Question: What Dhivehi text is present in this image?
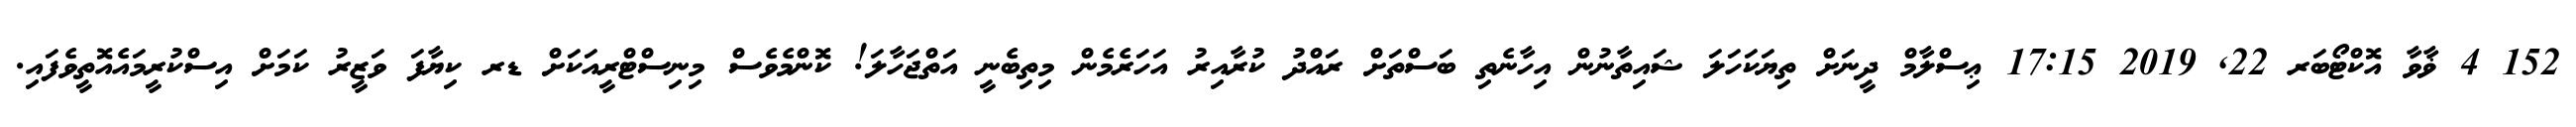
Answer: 152 4 ޥާވާ އޮކްޓޯބަރ 22, 2019 17:15 ޢިސްލާމް ދީނަށް ތިޔަކަހަލަ ޝައިތާނުން އިހާނެތި ބަސްތަށް ރައްދު ކުރާއިރު އަހަރެމެން މިތިބެނީ އަތްޖަހާލަ! ކޮންމެވެސް މިނިސްޓްރީއަކަށް ޑރ ކިޔާފަ ވަޒީރު ކަމަށް އިސްކުރީމައެއޮތީވެފައި.